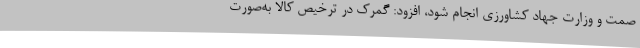
صمت و وزارت جهاد کشاورزی انجام شود، افزود: گمرک در ترخیص کالا به‌صورت